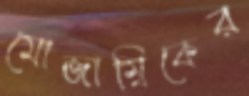
মোজাম্বিকের